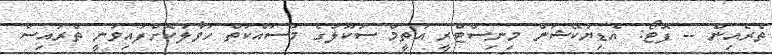
ތެރެއިން -- ފޮޓޯ: އެޑިޔުކޭޝަން މިނިސްޓްރީ އުތީމް ސުކޫލުގެ މަސައްކަތް ހަވާލުކޮށްފައިވަނީ ތްރައިސް